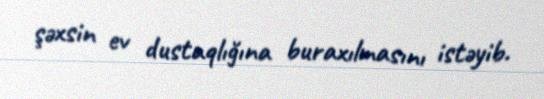
şəxsin ev dustaqlığına buraxılmasını istəyib.